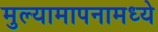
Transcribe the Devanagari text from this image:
मुल्यामापनामध्ये